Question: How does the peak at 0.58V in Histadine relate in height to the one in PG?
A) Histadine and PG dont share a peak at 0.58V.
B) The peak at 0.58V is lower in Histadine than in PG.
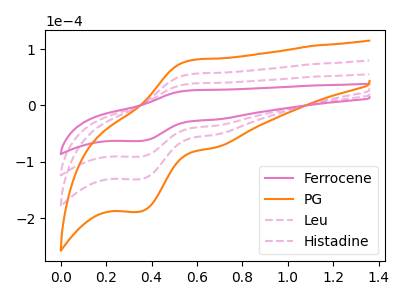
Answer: <think>The pink curve "Ferrocene" has an anodic peak at (0.60V, 26.95uA) and a cathodic peak at (0.35V, -63.15uA). The orange curve "PG" has an anodic peak at (0.60V, 116.35uA) and a cathodic peak at (0.35V, -272.95uA). The pink dashed curve "Leu" has an anodic peak at (0.60V, 38.80uA) and a cathodic peak at (0.35V, -91.00uA). The pink dashed curve "Histadine" has an anodic peak at (0.60V, 77.55uA) and a cathodic peak at (0.35V, -181.95uA).</think>
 <answer>B) The peak at 0.58V is lower in "Histadine" than in "PG".</answer>
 <eval>B</eval>